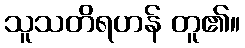
သူသတိရဟန် တူ၏။